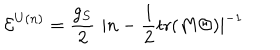
{ \cal E } ^ { U ( n ) } = \frac { g _ { S } } { 2 } \, \, | n - \frac { 1 } { 2 } \mathrm { t r } ( M \Theta ) | ^ { - 1 }